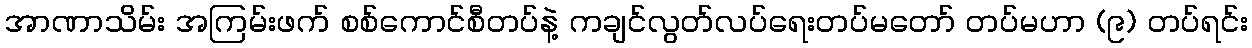
အာဏာသိမ်း အကြမ်းဖက် စစ်ကောင်စီတပ်နဲ့ ကချင်လွတ်လပ်ရေးတပ်မတော် တပ်မဟာ (၉) တပ်ရင်း